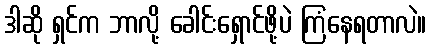
ဒါဆို ရှင်က ဘာလို့ ခေါင်းရှောင်ဖို့ပဲ ကြံနေရတာလဲ။